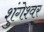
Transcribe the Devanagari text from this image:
शुंगेश्वर